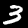
Label: 3